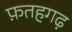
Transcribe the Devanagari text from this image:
फ़तहगढ़